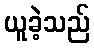
ယူခဲ့သည်